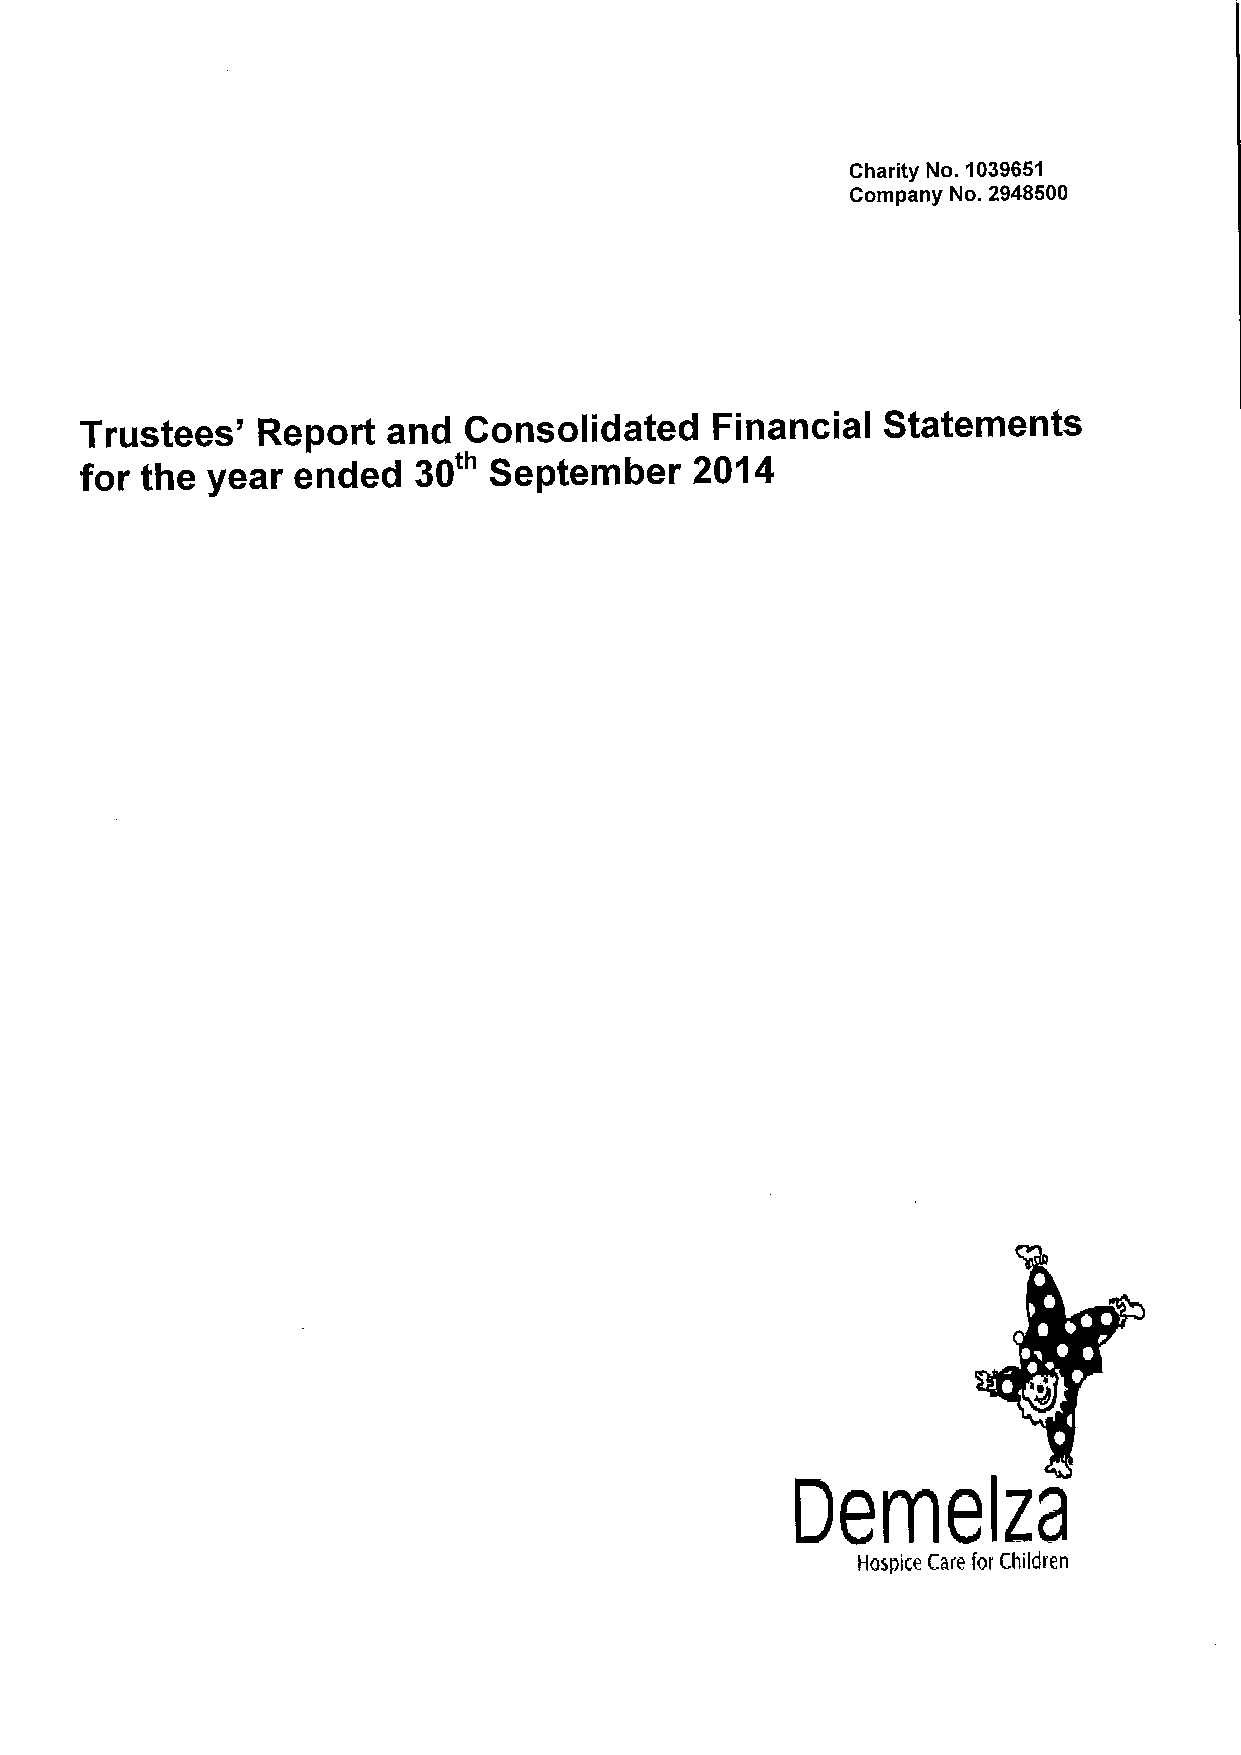
Charity No. 1039651
 Company No. 2948500
 Trustees'   Report   and  Consolidated    Financial  Statements
 for the  year ended   30'" September     2014
 BAle      23
 Hospice Care for Children